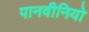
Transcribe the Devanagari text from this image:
पानवीनियो